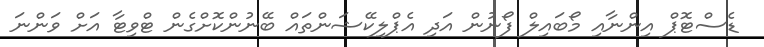
ޑެސްޓޮޕް އިންނާއި މޯބައިލް ފޯނުން އަދި އެޕްލިކޭޝަންތައް ބޭނުންކޮށްގެން ޓްވިޓާ އަށް ވަންނަ